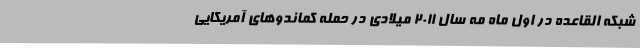
شبکه القاعده در اول ماه مه سال ۲۰۱۱ میلادی در حمله کماندوهای آمریکایی